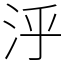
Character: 泘